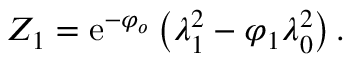
{ Z } _ { 1 } = \mathrm { e } ^ { - \varphi _ { o } } \left( \lambda _ { 1 } ^ { 2 } - \varphi _ { 1 } \lambda _ { 0 } ^ { 2 } \right) .